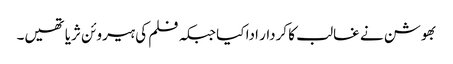
بھوشن نے غالب کا کردار ادا کیا جبکہ فلم کی ہیروئن ثریا تھیں۔